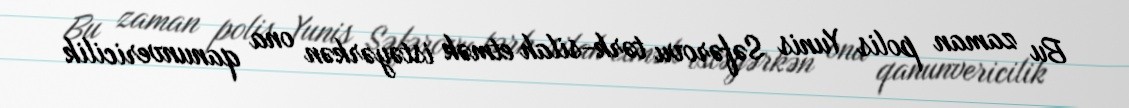
Bu zaman polis Yunis Səfərovu tərk-silah etmək istəyərkən ona qanunvericilik